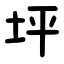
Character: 坪